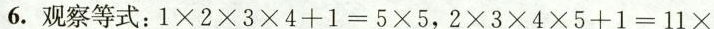
6.观察等式：$$1 \times 2 \times 3 \times 4 \times 1 = 5 \times 5$$，$$2 \times 3 \times 4 \times 5 + 1 = 1 1 \times